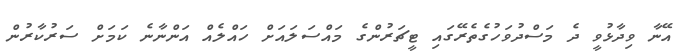
އޭނާ ވިދާޅުވީ ދެ މަސްދުވަހުގެތެރޭގައި ޓީޗަރުންގެ މައްސަލައަށް ހައްލެއް އަންނާނެ ކަމަށް ސަރުކާރުން